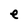
Character: e